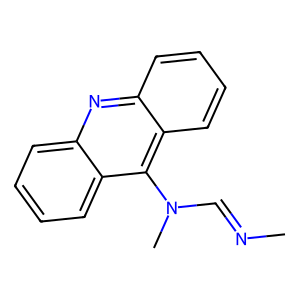
SMILES: CN=CN(C)c1c2ccccc2nc2ccccc12
Inhibits HIV replication: No